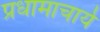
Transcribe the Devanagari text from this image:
प्रधामाचार्य